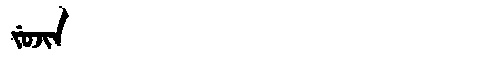
Manchu: ᠵᡠᠵᡳᠨ
Romanization: JUJIN